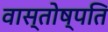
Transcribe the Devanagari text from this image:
वास्तोष्पति